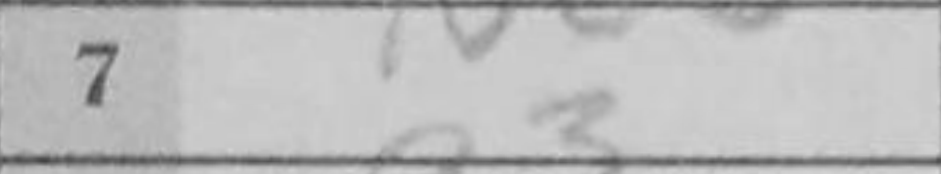
Transcription: a3